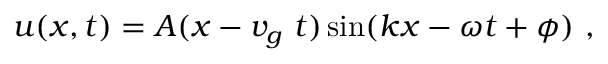
u ( x , t ) = A ( x - v _ { g } \ t ) \sin ( k x - \omega t + \phi ) \ ,